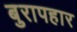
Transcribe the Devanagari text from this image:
बुरापहार